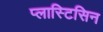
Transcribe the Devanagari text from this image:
प्लास्टिसिन